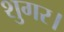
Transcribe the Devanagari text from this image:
शुगर।